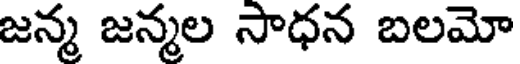
జన్మ జన్మల సాధన బలమో